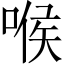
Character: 喉